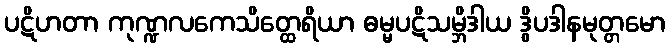
ပဋိဟတာ ကုဏ္ဍလကေသိတ္ထေရိယာ ဓမ္မပဋိသမ္ဘိဒါယ ဒွိပဒါနမုတ္တမော